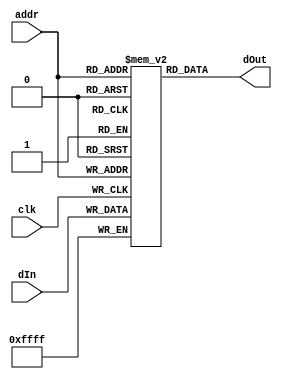
`timescale 1ns / 1ps
//////////////////////////////////////////////////////////////////////////////////
// Company: 
// Engineer: 
// 
// Design Name: 
// Module Name: InstructionReg
// Project Name: 
// Target Devices: 
// Tool Versions: 
// Description: 
// 
// Dependencies: 
// 
// Revision:
// Revision 0.01 - File Created
// Additional Comments:
// 
//////////////////////////////////////////////////////////////////////////////////


module InstructionReg(
    input clk,
    input [3:0] addr,
    input [15:0] dIn,
    output [15:0] dOut
  );
    
  reg [15:0] mem [0:15];
  
  always @ (posedge clk) begin
    mem[addr] = dIn;
  end
  
  assign dOut[15:0] = mem[addr];
  
endmodule